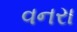
વનરા